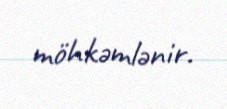
möhkəmlənir.